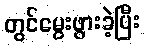
တွင်မွေးဖွားခဲ့ပြီး